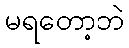
မရတော့ဘဲ